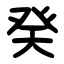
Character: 癸